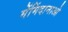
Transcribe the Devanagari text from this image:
मेंमिंदानाओ